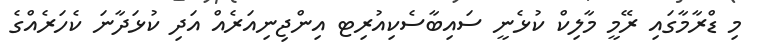
މި ޑްރާމާގައި ރޭމީ މާލިކް ކުޅެނީ ސައިބާސެކިއުރިޓ އިންޖިނިއަރެއް އަދި ކުޅަދާނަ ކެހަރެއްގެ